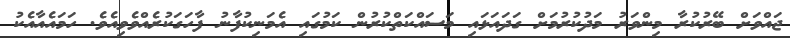
ޖައްވަށް ބޭރުކުރާ މިންވަރު މަދުކުރުމަށް ގަދައަޅައި މަސައްކަތްކުރުން ކަމުގައި އެމަނިކުފާނު ފާހަގަކުރެއްވެވިއެވެ. ހަމައެއާއެކު